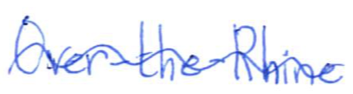
Text: Over-the-Rhine
Cross-out: wave
Writing tool: ballpoint